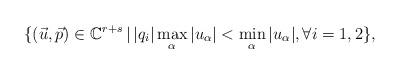
LaTeX: \begin{align*}\{(\vec u,\vec p)\in \mathbb C^{r+s}\,|\, |q_i|\max_{\alpha}|u_\alpha|<\min_\alpha|u_\alpha|,\forall i=1,2\},\end{align*}